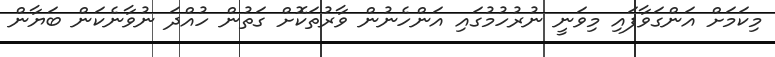
މިކަމަށް އަންގަވާފައި މިވަނީ ނުރުހުމުގައި އަންހެނުން ވާރުތަކޮށް ގަތުން ހުއްދަ ނުވާނެކަން ބަޔާން